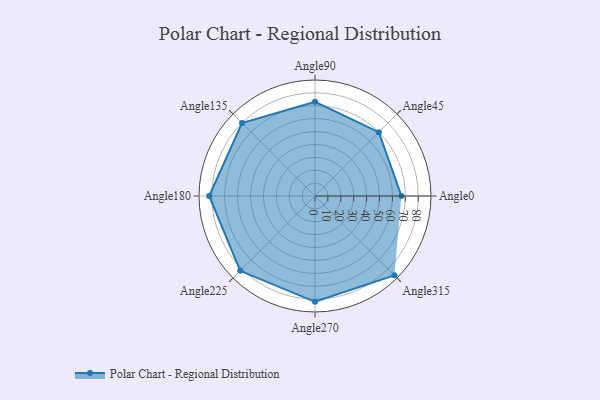
{"axis": {"x": "Angle", "y": "Radius"}, "legend": [""], "data": [{"x": "Angle0", "y": 67.0, "type": ""}, {"x": "Angle45", "y": 70.0, "type": ""}, {"x": "Angle90", "y": 73.0, "type": ""}, {"x": "Angle135", "y": 80.0, "type": ""}, {"x": "Angle180", "y": 82.0, "type": ""}, {"x": "Angle225", "y": 82.0, "type": ""}, {"x": "Angle270", "y": 82.0, "type": ""}, {"x": "Angle315", "y": 87.0, "type": ""}]}